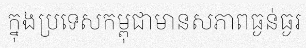
ក្នុងប្រទេសកម្ពុជាមានសភាពធ្ងន់ធ្ងរ